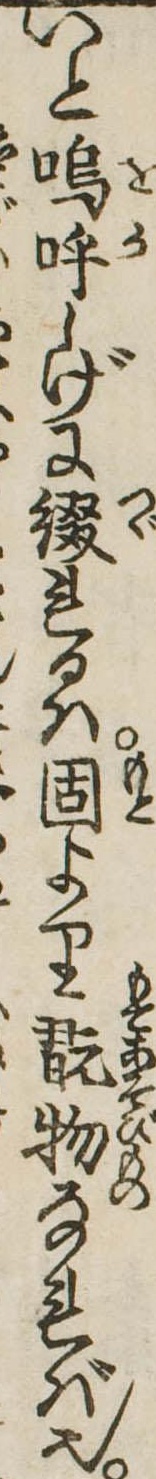
いと嗚呼しげに綴れるは固より翫物なれば也